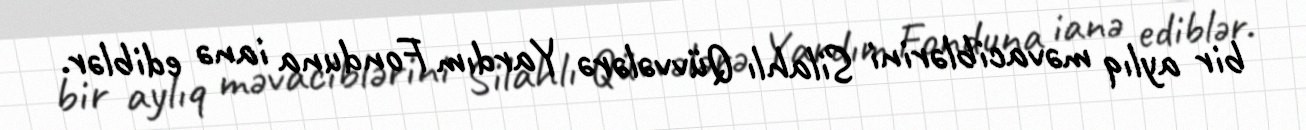
bir aylıq məvaciblərini Silahlı Qüvvələrə Yardım Fonduna ianə ediblər.